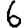
Digit: 6